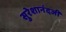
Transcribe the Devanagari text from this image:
सुरेशानंदजी